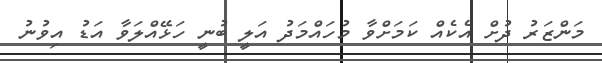
މަންޒަރު ދުށް އެކެއް ކަމަށްވާ މުހައްމަދު އަލީ ބުނީ ހަޅޭއްލަވާ އަޑު އިވުނު